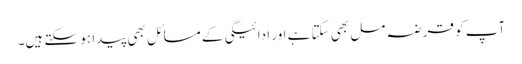
آپ کو قرضہ مل بھی سکتا ہے اور ادائیگی کے مسائل بھی پیدا ہو سکتے ہیں۔